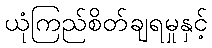
ယုံကြည်စိတ်ချရမှုနှင့်